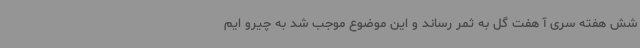
شش هفته سری آ هفت گل به ثمر رساند و این موضوع موجب شد به چیرو ایم